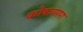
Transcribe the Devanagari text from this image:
कोषावरण